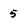
Character: 5